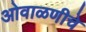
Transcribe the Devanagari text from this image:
ओवाळणीचे